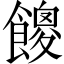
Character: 𩞝